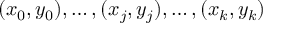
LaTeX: ( x _ { 0 } , y _ { 0 } ) , \ldots , ( x _ { j } , y _ { j } ) , \ldots , ( x _ { k } , y _ { k } )